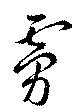
虜